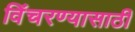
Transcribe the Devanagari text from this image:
विंचरण्यासाठी